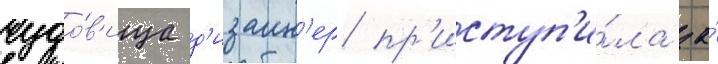
чудо́в'ища д'изаин'ер пр'иступ'и́ла за́